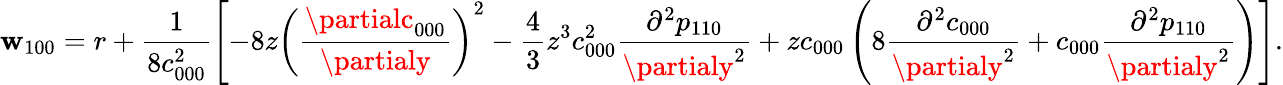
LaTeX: \mathbf{w}_{100}=r+\frac{{1}}{{8c_{000}^{2}}}\left[-8z\left(\frac{{\partialc_{000}}}{{\partialy}}\right)^{2}-\frac{{4}}{{3}}z^{3}c_{000}^{2}\frac{{\partial^{2}p_{110}}}{{\partialy^{2}}}+zc_{000}\left(8\frac{{\partial^{2}c_{000}}}{{\partialy^{2}}}+c_{000}\frac{{\partial^{2}p_{110}}}{{\partialy^{2}}}\right)\right].